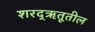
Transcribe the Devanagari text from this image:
शरद्‌ऋतूतील